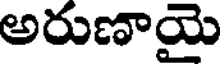
అరుణాయై